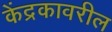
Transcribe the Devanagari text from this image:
केंद्रकावरील